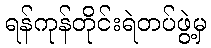
ရန်ကုန်တိုင်းရဲတပ်ဖွဲ့မှ